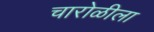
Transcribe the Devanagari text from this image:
चारोळीला